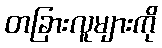
တခြားလူများကို